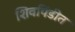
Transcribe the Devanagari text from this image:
शिवपिंडीत